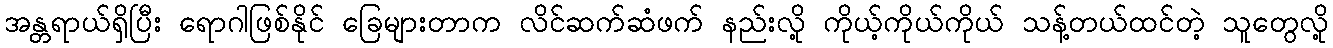
အန္တရာယ်ရှိပြီး ရောဂါဖြစ်နိုင် ခြေများတာက လိင်ဆက်ဆံဖက် နည်းလို့ ကိုယ့်ကိုယ်ကိုယ် သန့်တယ်ထင်တဲ့ သူတွေလို့